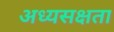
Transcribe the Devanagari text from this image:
अध्यसक्षता